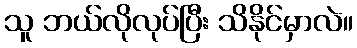
သူ ဘယ်လိုလုပ်ပြီး သိနိုင်မှာလဲ။